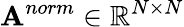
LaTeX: \mathbf{A}^{norm}\in\mathbb{R}^{N\times N}